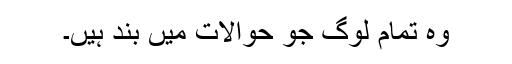
وہ تمام لوگ جو حوالات میں بند ہیں۔